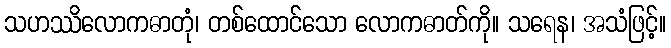
သဟဿိလောကဓာတုံ၊ တစ်ထောင်သော လောကဓာတ်ကို။ သရေန၊ အသံဖြင့်။